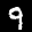
Label: 9